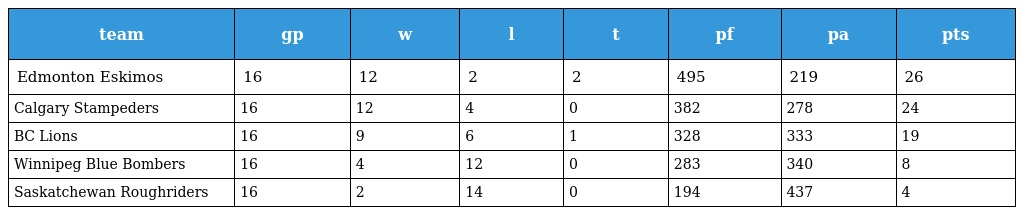
| team | gp | w | l | t | pf | pa | pts |
 | --- | --- | --- | --- | --- | --- | --- | --- |
 | Edmonton Eskimos | 16 | 12 | 2 | 2 | 495 | 219 | 26 |
 | Calgary Stampeders | 16 | 12 | 4 | 0 | 382 | 278 | 24 |
 | BC Lions | 16 | 9 | 6 | 1 | 328 | 333 | 19 |
 | Winnipeg Blue Bombers | 16 | 4 | 12 | 0 | 283 | 340 | 8 |
 | Saskatchewan Roughriders | 16 | 2 | 14 | 0 | 194 | 437 | 4 |